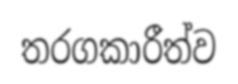
තරගකාරීත්ව